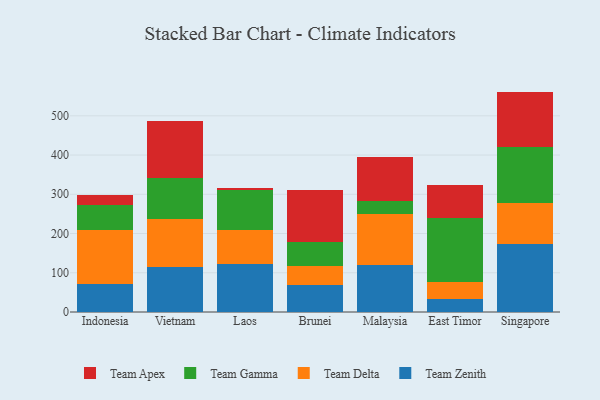
{"axis": {"x": "Country", "y": "Energy Usage (MWh)"}, "legend": ["Team Apex", "Team Delta", "Team Gamma", "Team Zenith"], "data": [{"x": "Indonesia", "y": 70.3, "type": "Team Zenith"}, {"x": "Indonesia", "y": 139.2, "type": "Team Delta"}, {"x": "Indonesia", "y": 62.5, "type": "Team Gamma"}, {"x": "Indonesia", "y": 27.1, "type": "Team Apex"}, {"x": "Vietnam", "y": 113.8, "type": "Team Zenith"}, {"x": "Vietnam", "y": 122.1, "type": "Team Delta"}, {"x": "Vietnam", "y": 105.3, "type": "Team Gamma"}, {"x": "Vietnam", "y": 146.3, "type": "Team Apex"}, {"x": "Laos", "y": 121.2, "type": "Team Zenith"}, {"x": "Laos", "y": 86.6, "type": "Team Delta"}, {"x": "Laos", "y": 102.5, "type": "Team Gamma"}, {"x": "Laos", "y": 6.4, "type": "Team Apex"}, {"x": "Brunei", "y": 68.5, "type": "Team Zenith"}, {"x": "Brunei", "y": 49.0, "type": "Team Delta"}, {"x": "Brunei", "y": 59.9, "type": "Team Gamma"}, {"x": "Brunei", "y": 133.9, "type": "Team Apex"}, {"x": "Malaysia", "y": 120.1, "type": "Team Zenith"}, {"x": "Malaysia", "y": 130.6, "type": "Team Delta"}, {"x": "Malaysia", "y": 33.0, "type": "Team Gamma"}, {"x": "Malaysia", "y": 111.2, "type": "Team Apex"}, {"x": "East Timor", "y": 33.8, "type": "Team Zenith"}, {"x": "East Timor", "y": 42.7, "type": "Team Delta"}, {"x": "East Timor", "y": 163.3, "type": "Team Gamma"}, {"x": "East Timor", "y": 84.8, "type": "Team Apex"}, {"x": "Singapore", "y": 174.5, "type": "Team Zenith"}, {"x": "Singapore", "y": 104.2, "type": "Team Delta"}, {"x": "Singapore", "y": 141.6, "type": "Team Gamma"}, {"x": "Singapore", "y": 141.4, "type": "Team Apex"}]}